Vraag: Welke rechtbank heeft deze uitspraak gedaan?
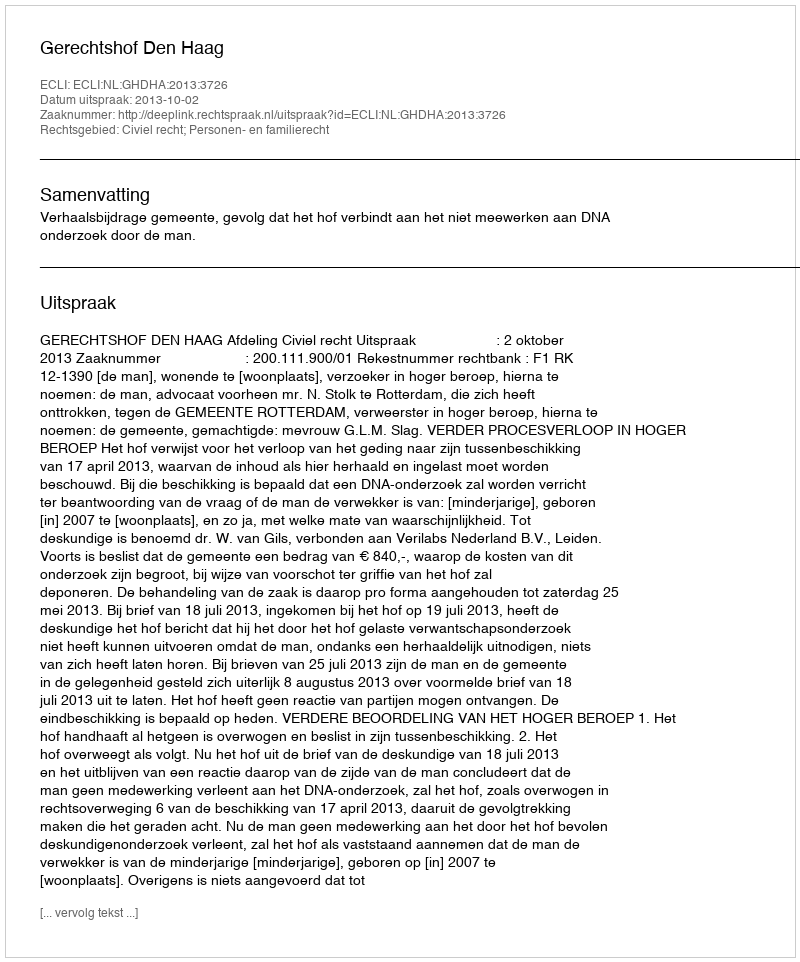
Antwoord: Gerechtshof Den Haag